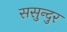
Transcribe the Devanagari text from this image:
ससुन्दुर